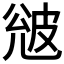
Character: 𭽦